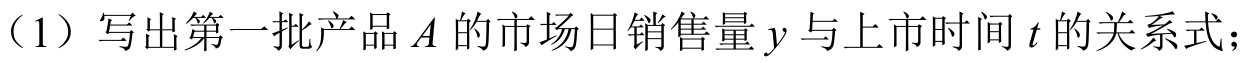
（1）写出第一批产品\(A\)的市场日销售量\(y\)与上市时间\(t\)的关系式；